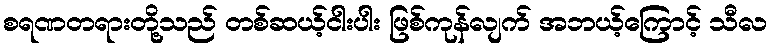
စရဏတရားတို့သည် တစ်ဆယ့်ငါးပါး ဖြစ်ကုန်လျက် အဘယ့်ကြောင့် သီလ